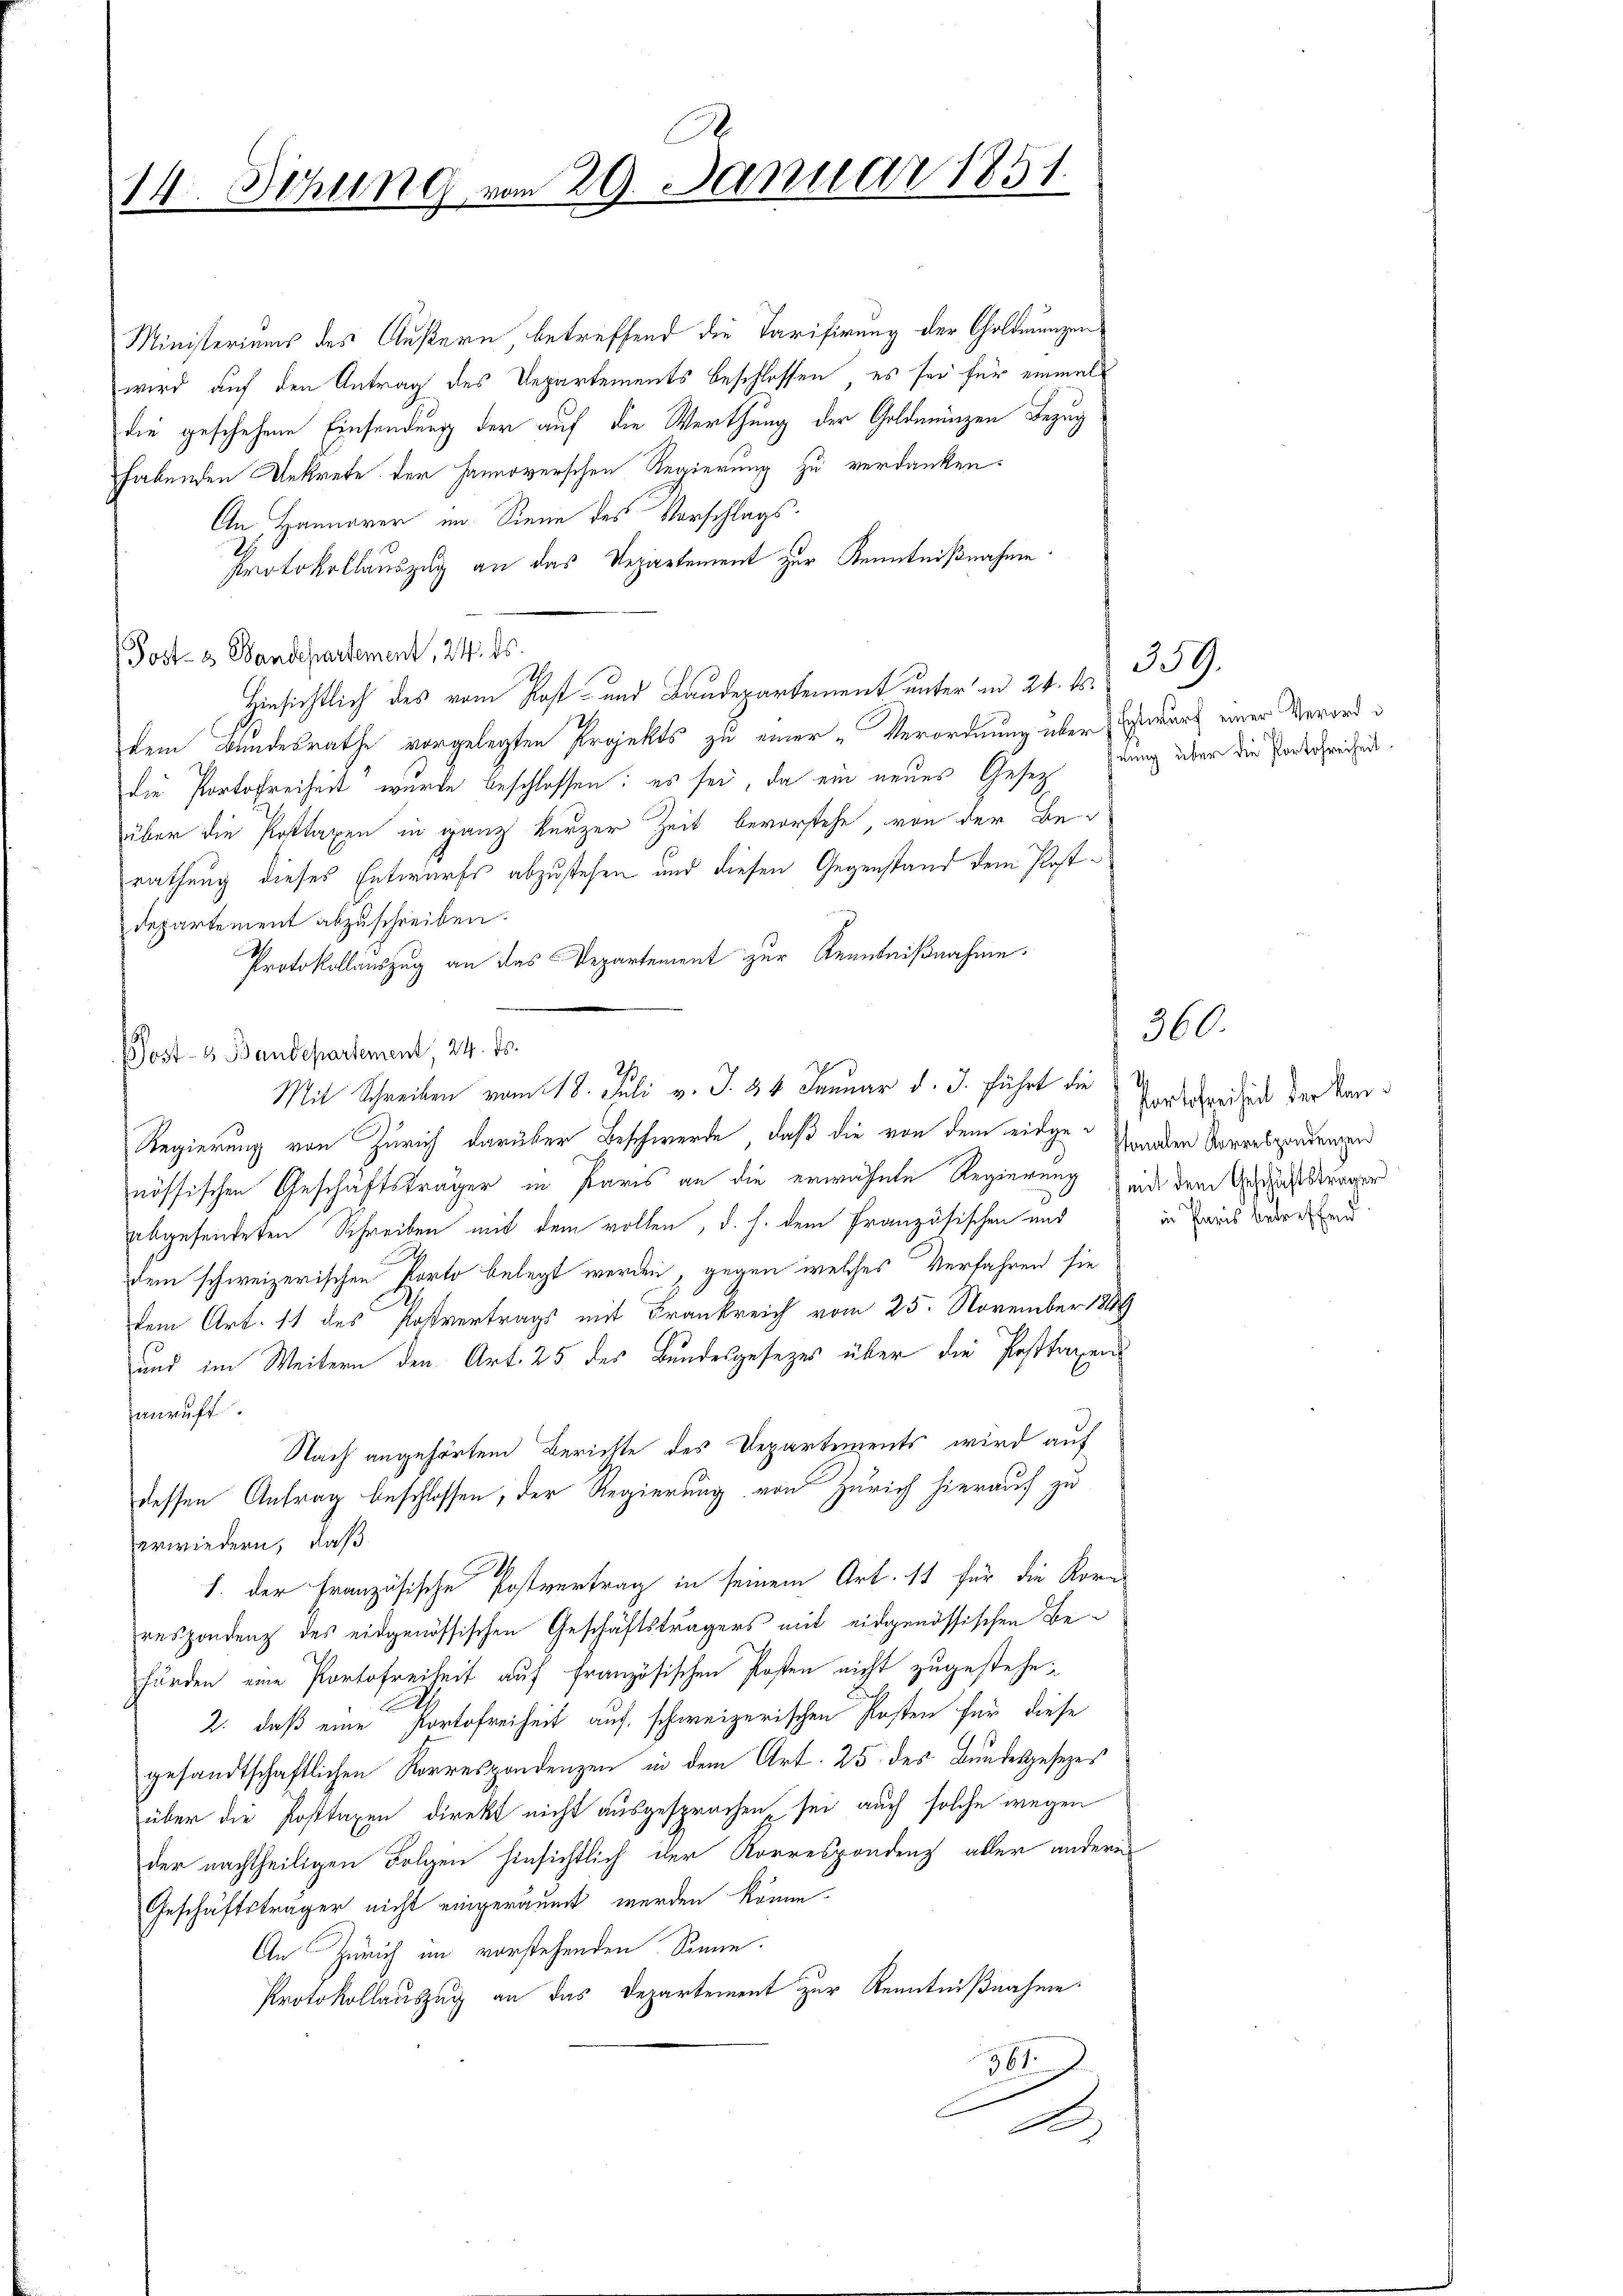
14. Sitzung vom 29. Januar 1851.

Ministeriums des Äußern, betreffend die Tarifirung der Goldmünzen
wird auf den Antrag des Departements beschlossen, es sei für einmal
die geschehene Einsendung der auf die Werthung der Goldmünzen Bezug
habenden Dekrete der Hannoverschen Regierung zu verdanken:
An Hannover im Sinne des Vorschlags-
Protokollauszug an das Verartement zur Kenntnißnahme
Post- u Wandesartement, 24. ds.
Hinsichtlich des vom Post- und Baudepartement unter an 24. ds.
dem Bundesrathe vorgelegten Projekts zu einer-Verordnung über Gewurf einer Verorddie Portofreiheit wurde beschlossen; es sei, da ein neues Gesezung über die Podesprechen.
über die Posttaxen in ganz kurzer Zeit bevorstehe, von der Be-
rathung dieses Entwurfs abzustehen und diesen Gegenstand dem Postdepartement abzuschreiben.
Protokollauszug an das Departement zur Kenntnißnahme.
Bost- & Baudepartement, 24. ds.
Regierung von Zürich darüber Beschwerde, daß die von dem eidge Granden Vorrespendungen
nössischen Geschäftsträger in Paris an die erwähnte Regierung mit dem Geschaftsberger
abgesendeten Schreiben mit dem vollen, d. h. dem französischen und
dem schweizerischen Porto belegt werden, gegen welches Verfahren sie
dem Art. 11 des Postvertrags mit Frankreich vom 25. November 1889
und im Weitern den Art. 25 des Bundesgesezes über die Posttaxen
anruft.
Nach angehörtem Berichte des Departements wird auf
dessen Antrag beschlossen, der Regierung von Zürich hierauf zu
erwiedern, daß
1. der Französische Postvertrag in seinem Art. 11 für die Korn-
respondenz des eidgenössischen Geschäftsträgers mit eidgenössischen Behörden eine Portofreiheit auf französischen Posten nicht zugestehe¬
2. daß eine Portofreiheit auf schweizerischen Posten für diese
gesandtschaftlichen Korrespondenzen in dem Art. 25 des Bundesgesezes
über die Posttaxen direkt nicht ausgesprochen sei auch solche wegen
der nachtheiligen Folgen hinsichtlich der Korrespondenz aller andere
Geschäftsträger nicht eingeräumt werden könne.
An Zürich im vorstehenden Sonne.
Protokollauszug an das Departement zur Kenntnißnahme.
361.
n
A

Mit Schreiben vom 18. Juli v. J. 24 Januar d. J. führt die

359.

Portofreiheit der Kanin Paris betreffen.

360.